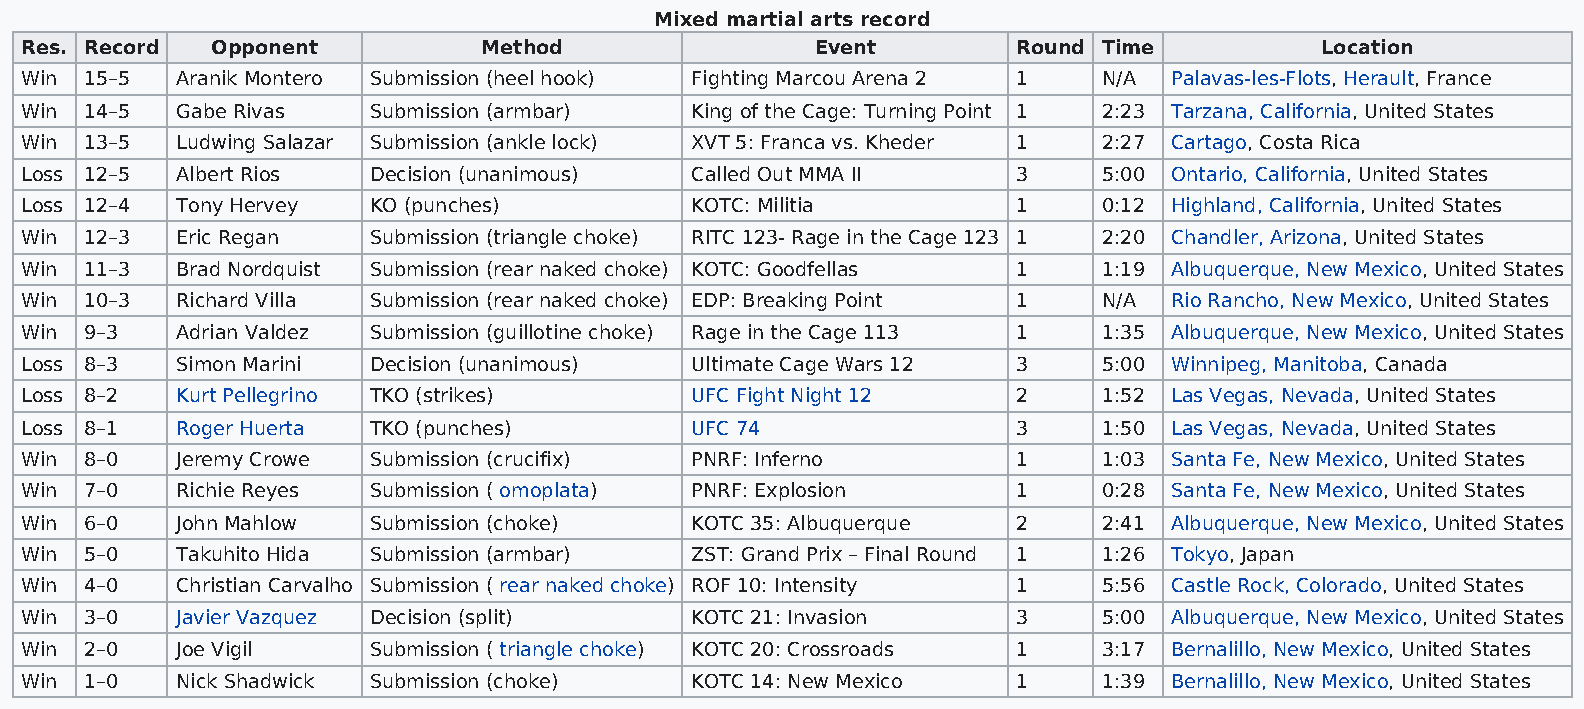
Mixed martial arts record
 Res. Record  Opponent          Method                Event        Round Time          Location
 Win  15–5  Aranik Montero Submission (heel hook) Fighting Marcou Arena 2 1 N/A Palavas-les-Flots, Herault, France
 Win  14–5  Gabe Rivas  Submission (armbar)   King of the Cage: Turning Point 1 2:23 Tarzana, California, United States
 Win  13–5  Ludwing Salazar Submission (ankle lock) XVT 5: Franca vs. Kheder 1 2:27 Cartago, Costa Rica
 Loss 12–5  Albert Rios Decision (unanimous)  Called Out MMA II    3     5:00 Ontario, California, United States
 Loss 12–4  Tony Hervey KO (punches)          KOTC: Militia        1     0:12 Highland, California, United States
 Win  12–3  Eric Regan  Submission (triangle choke) RITC 123- Rage in the Cage 123 1 2:20 Chandler, Arizona, United States
 Win  11–3  Brad Nordquist Submission (rear naked choke) KOTC: Goodfellas 1 1:19 Albuquerque, New Mexico, United States
 Win  10–3  Richard Villa Submission (rear naked choke) EDP: Breaking Point 1 N/A Rio Rancho, New Mexico, United States
 Win  9–3   Adrian Valdez Submission (guillotine choke) Rage in the Cage 113 1 1:35 Albuquerque, New Mexico, United States
 Loss 8–3   Simon Marini Decision (unanimous) Ultimate Cage Wars 12 3    5:00 Winnipeg, Manitoba, Canada
 Loss 8–2   Kurt Pellegrino TKO (strikes)     UFC Fight Night 12   2     1:52 Las Vegas, Nevada, United States
 Loss 8–1   Roger Huerta TKO (punches)        UFC 74               3     1:50 Las Vegas, Nevada, United States
 Win  8–0   Jeremy Crowe Submission (crucifix) PNRF: Inferno       1     1:03 Santa Fe, New Mexico, United States
 Win  7–0   Richie Reyes Submission ( omoplata) PNRF: Explosion    1     0:28 Santa Fe, New Mexico, United States
 Win  6–0   John Mahlow Submission (choke)    KOTC 35: Albuquerque 2     2:41 Albuquerque, New Mexico, United States
 Win  5–0   Takuhito Hida Submission (armbar) ZST: Grand Prix – Final Round 1 1:26 Tokyo, Japan
 Win  4–0   Christian Carvalho Submission ( rear naked choke) ROF 10: Intensity 1 5:56 Castle Rock, Colorado, United States
 Win  3–0   Javier Vazquez Decision (split)   KOTC 21: Invasion    3     5:00 Albuquerque, New Mexico, United States
 Win  2–0   Joe Vigil   Submission ( triangle choke) KOTC 20: Crossroads 1 3:17 Bernalillo, New Mexico, United States
 Win  1–0   Nick Shadwick Submission (choke)  KOTC 14: New Mexico  1     1:39 Bernalillo, New Mexico, United States